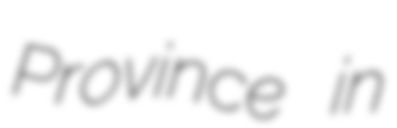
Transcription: Province in